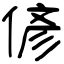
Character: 偐